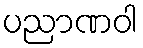
ပညာဏဝါ